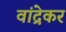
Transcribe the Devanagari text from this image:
वांद्रेकर